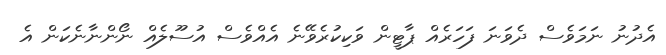
އެދުނު ނަމަވެސް ދެވަނަ ފަހަރެއް ޕާޓީން ވަކިކުރެވޭނެ އެއްވެސް އުސޫލެއް ނޯންނާނެކަން އެ